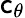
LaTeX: \mathsf{c}_{\theta}